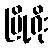
မြို့ရိုး